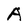
Character: A